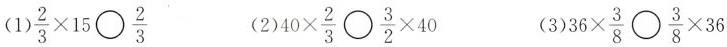
(1)$$\frac{2}{3} \times 1 5 \bigcirc \frac{2}{3}$$ (2)$$4 0 \times \frac{2}{3} \bigcirc \frac{3}{2} \times 4 0$$ (3)$$3 6 \times \frac{3}{8} \bigcirc \frac{3}{8} \times 3 6$$